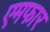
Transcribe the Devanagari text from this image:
एमफार